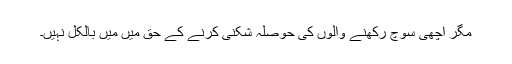
مگر اچھی سوچ رکھنے والوں کی حوصلہ شکنی کرنے کے حق میں میں بالکل نہیں۔